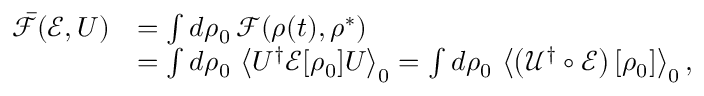
\begin{array} { r l } { \bar { \mathcal F } ( \mathcal { E } , U ) } & { = \int d \rho _ { 0 } \, \mathcal { F } ( { \rho ( t ) } , \rho ^ { * } ) } \\ & { = \int d \rho _ { 0 } \, \left\langle U ^ { \dagger } \mathcal { E } [ \rho _ { 0 } ] U \right\rangle _ { 0 } = \int d \rho _ { 0 } \, \left\langle \left( \mathcal { U ^ { \dag } \circ E } \right) [ \rho _ { 0 } ] \right\rangle _ { 0 } , } \end{array}